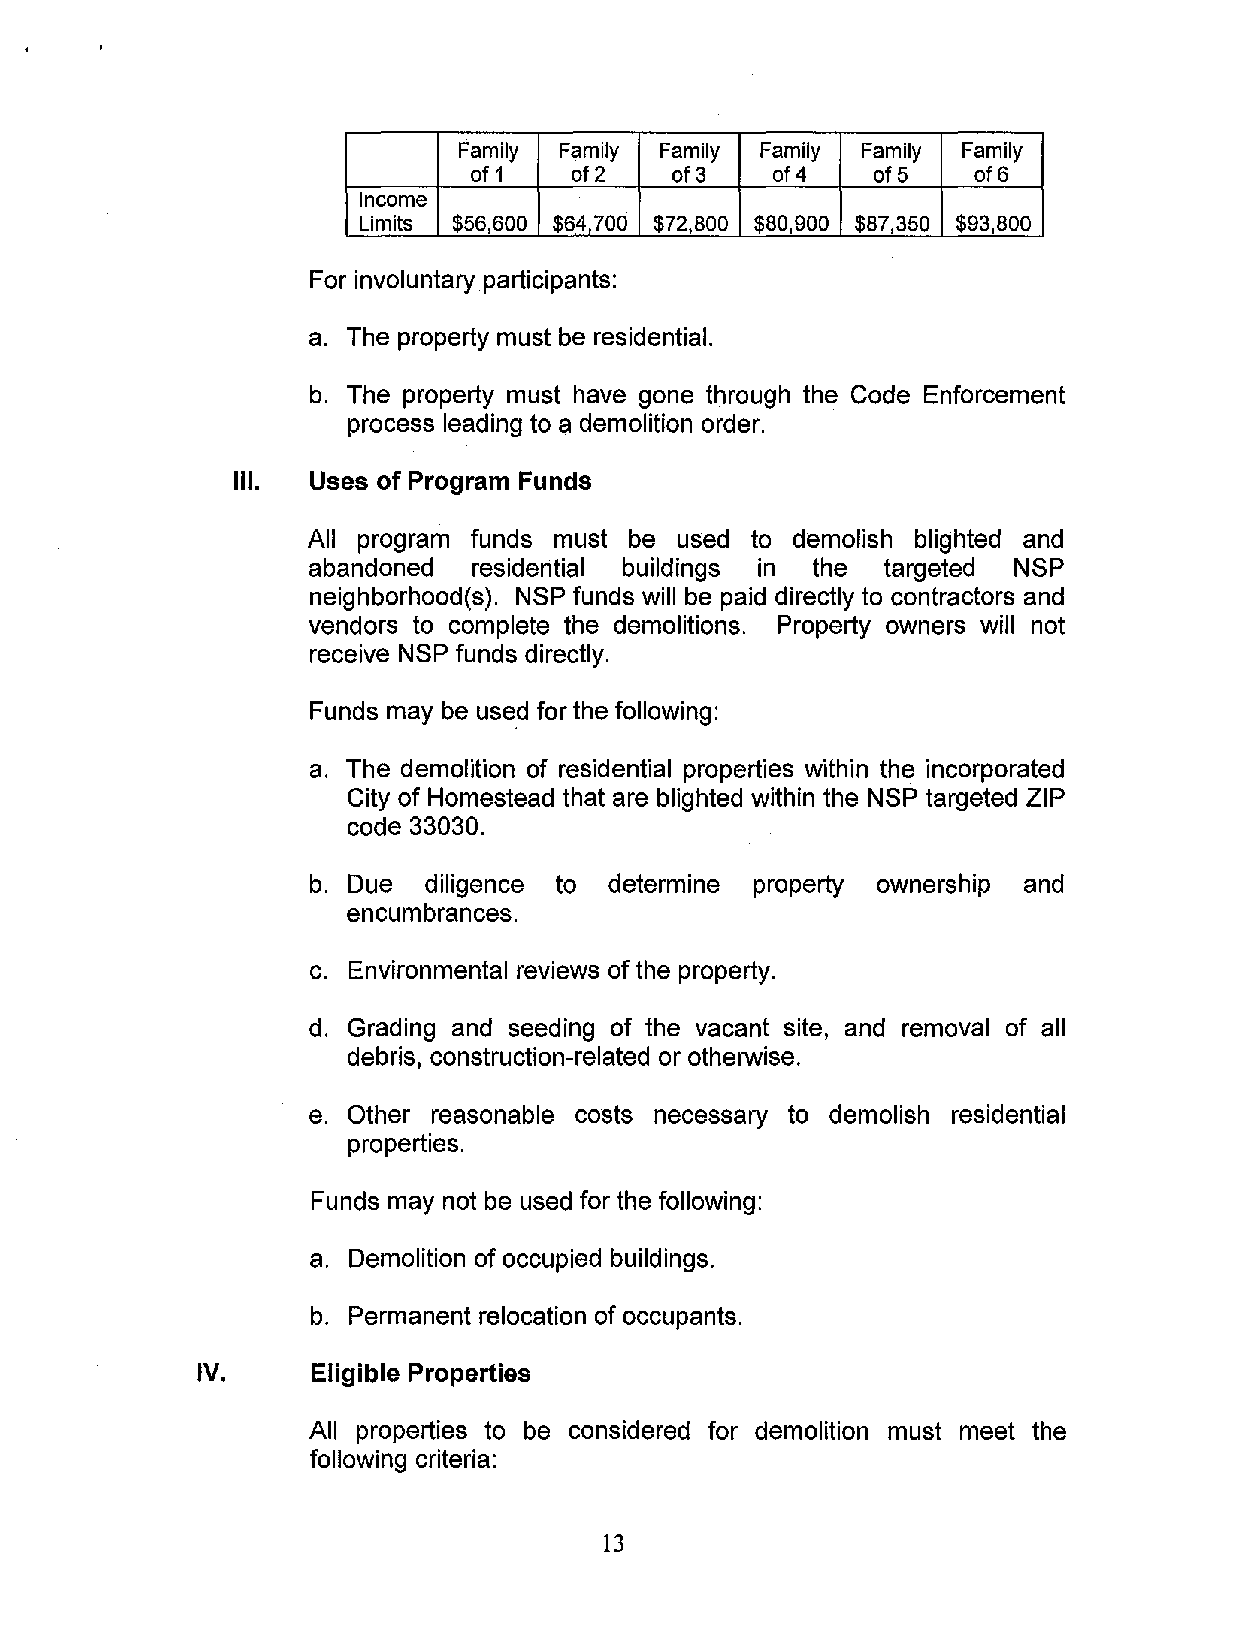
Family Family Family Family Family Family
 of 1   of 2   of 3  of 4   of 5   of6
 Income
 Limits $56,600 $64,700 $72,800 $80,900 $87,350 $93,800
 For involuntary participants:
 a. The property must be residential.
 b. The property must have gone through the Code Enforcement
 process leading to a demolition order.
 Ill. Uses of Program Funds
 All program funds must be used to demolish blighted and
 abandoned residential buildings in the targeted NSP
 neighborhood(s). NSP funds will be paid directly to contractors and
 vendors to complete the demolitions. Property owners will not
 receive NSP funds directly.
 Funds may be used for the following:
 a. The demolition of residential properties within the incorporated
 City of Homestead that are blighted within the NSP targeted ZIP
 code 33030.
 b. Due diligence to determine property ownership and
 encumbrances.
 c. Environmental reviews of the property.
 d. Grading and seeding of the vacant site, and removal of all
 debris, construction-related or otherwise.
 e. Other reasonable costs necessary to demolish residential
 properties.
 Funds may not be used for the following:
 a. Demolition of occupied buildings.
 b. Permanent relocation of occupants.
 IV.     Eligible Properties
 All properties to be considered for demolition must meet the
 following criteria:
 13